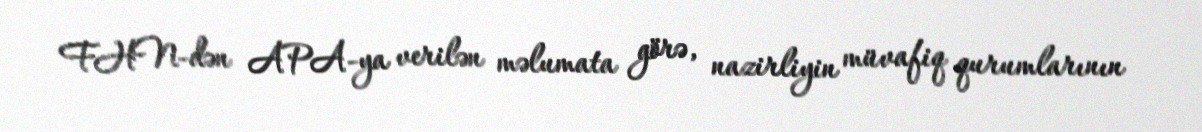
FHN-dən APA-ya verilən məlumata görə, nazirliyin müvafiq qurumlarının